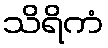
သိရိကံ